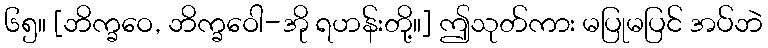
၆၅။ [ဘိက္ခဝေ, ဘိက္ခဝေါ-အို ရဟန်းတို့။] ဤသုတ်ကား မပြုမပြင် အပ်ဘဲ